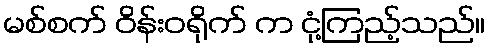
မစ်စက် ဝိန်းဝရိုက် က ငုံ့ကြည့်သည်။